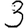
Digit: 3